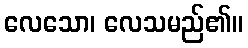
လေသော၊ လေသမည်၏။